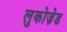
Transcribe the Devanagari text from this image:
लुकोज़ेड